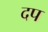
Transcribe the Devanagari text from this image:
दप